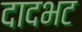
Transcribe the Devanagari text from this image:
दादभट